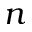
n